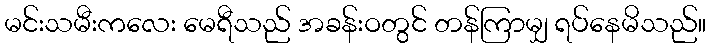
မင်းသမီးကလေး မေရီသည် အခန်းဝတွင် တန်ကြာမျှ ရပ်နေမိသည်။